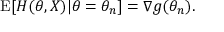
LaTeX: \operatorname { E } [ H ( \theta , X ) | \theta = \theta _ { n } ] = \nabla g ( \theta _ { n } ) .